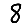
Digit: 8